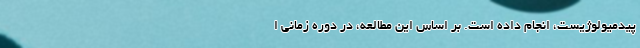
پیدمیولوژیست، انجام داده است. بر اساس این مطالعه، در دوره زمانی ا